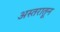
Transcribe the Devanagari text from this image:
अस्तरातून